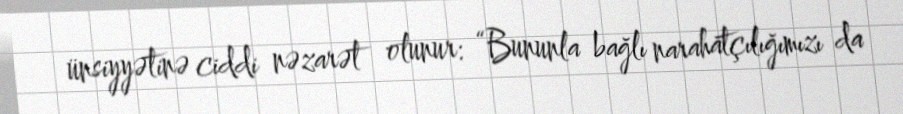
ünsiyyətinə ciddi nəzarət olunur: “Bununla bağlı narahatçılığımızı da